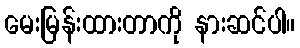
မေးမြန်းထားတာကို နားဆင်ပါ။